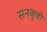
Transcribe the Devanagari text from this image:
सनकुन्नी